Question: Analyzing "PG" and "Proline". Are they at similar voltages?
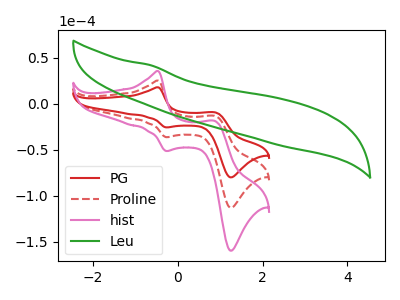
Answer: <think>The red curve "PG" has anodic peaks at (-0.45V, 17.70uA) (0.90V, -9.60uA) and cathodic peaks at (-0.30V, -25.85uA) (1.25V, -80.20uA). The red dashed curve "Proline" has anodic peaks at (-0.45V, 25.05uA) (0.90V, -13.55uA) and cathodic peaks at (-0.30V, -36.55uA) (1.25V, -113.25uA). The pink curve "hist" has anodic peaks at (-0.45V, 50.05uA) (0.90V, -27.15uA) and cathodic peaks at (-0.30V, -73.05uA) (1.25V, -226.50uA). The green curve "Leu" has no peaks.
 All the peaks in "PG" have a peak in "Proline" at the same potential.</think>
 <answer>"PG" and "Proline" are similar in shape.</answer>
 <eval>same_shape</eval>